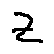
z